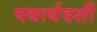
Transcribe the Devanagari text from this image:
यथार्थदर्शी